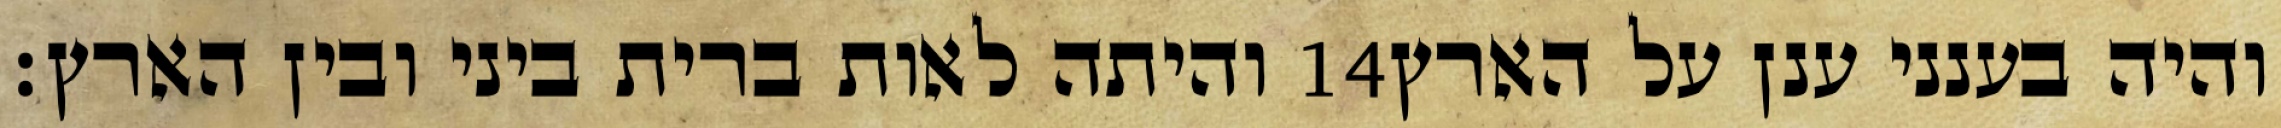
והיתה לאות ברית ביני ובין הארץ׃ ‎14‏ והיה בענני ענן על הארץ